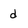
Character: d